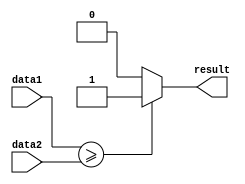
module greater_than_equal_to_comparator(
    input [31:0] data1,
    input [31:0] data2,
    output reg result
);

always @* begin
    if (data1 >= data2) 
        result = 1;
    else 
        result = 0;
end

endmodule